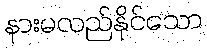
နားမလည်နိုင်သော